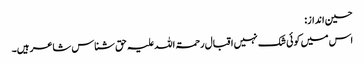
حسین انداز:
اس میں کوئی شک نہیں اقبال رحمۃ اللہ علیہ حق شناس شاعر ہیں۔